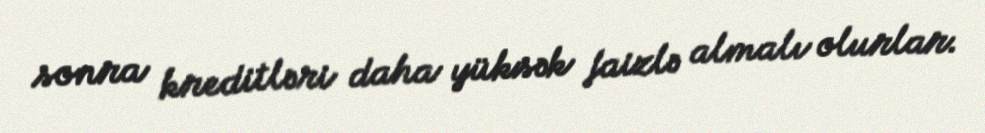
sonra kreditləri daha yüksək faizlə almalı olurlar.